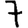
Digit: 7